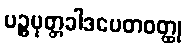
ပဉ္စပုတ္တခါဒပေတဝတ္ထု